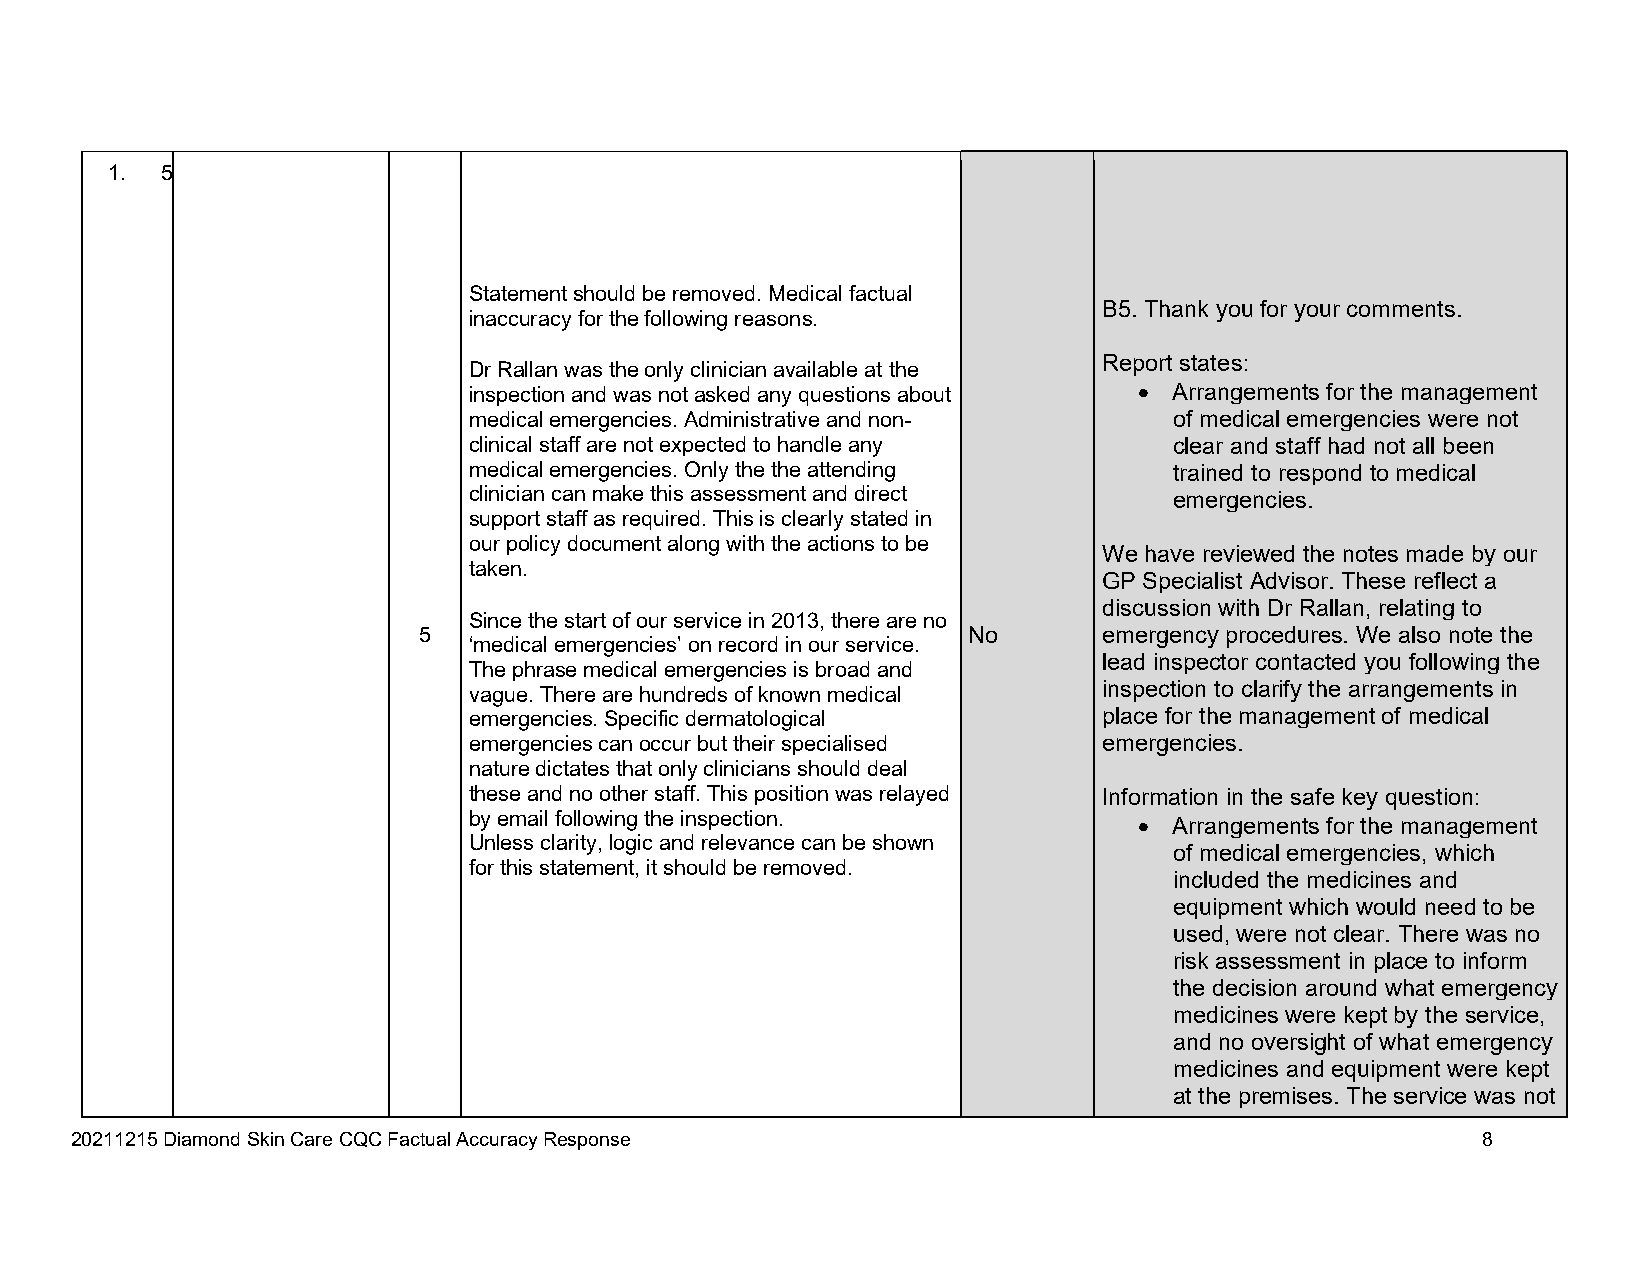
1.  5
 Statement should be removed. Medical factual
 B5. Thank you for your comments.
 inaccuracy for the following reasons.
 Report states:
 Dr Rallan was the only clinician available at the
 inspection and was not asked any questions about  Arrangements for the management
 medical emergencies. Administrative and non-   of medical emergencies were not
 clinical staff are not expected to handle any  clear and staff had not all been
 medical emergencies. Only the the attending    trained to respond to medical
 clinician can make this assessment and direct  emergencies.
 support staff as required. This is clearly stated in
 our policy document along with the actions to be
 We have reviewed the notes made by our
 taken.
 GP Specialist Advisor. These reflect a
 discussion with Dr Rallan, relating to
 Since the start of our service in 2013, there are no
 5                                   No       emergency procedures. We also note the
 ‘medical emergencies’ on record in our service.
 lead inspector contacted you following the
 The phrase medical emergencies is broad and
 inspection to clarify the arrangements in
 vague. There are hundreds of known medical
 emergencies. Specific dermatological      place for the management of medical
 emergencies can occur but their specialised emergencies.
 nature dictates that only clinicians should deal
 these and no other staff. This position was relayed Information in the safe key question:
 by email following the inspection.
   Arrangements for the management
 Unless clarity, logic and relevance can be shown
 of medical emergencies, which
 for this statement, it should be removed.
 included the medicines and
 equipment which would need to be
 used, were not clear. There was no
 risk assessment in place to inform
 the decision around what emergency
 medicines were kept by the service,
 and no oversight of what emergency
 medicines and equipment were kept
 at the premises. The service was not
 20211215 Diamond Skin Care CQC Factual Accuracy Response                                     8